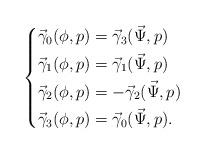
LaTeX: \begin{align*} \left\{\begin{alignedat}{1} \vec{\gamma}_0(\phi,p)&=\vec{\gamma}_3(\vec{\Psi},p)\\ \vec{\gamma}_1(\phi,p)&=\vec{\gamma}_1(\vec{\Psi},p)\\ \vec{\gamma}_2(\phi,p)&=-\vec{\gamma}_2(\vec{\Psi},p)\\ \vec{\gamma}_3(\phi,p)&=\vec{\gamma}_0(\vec{\Psi},p). \end{alignedat}\right. \end{align*}